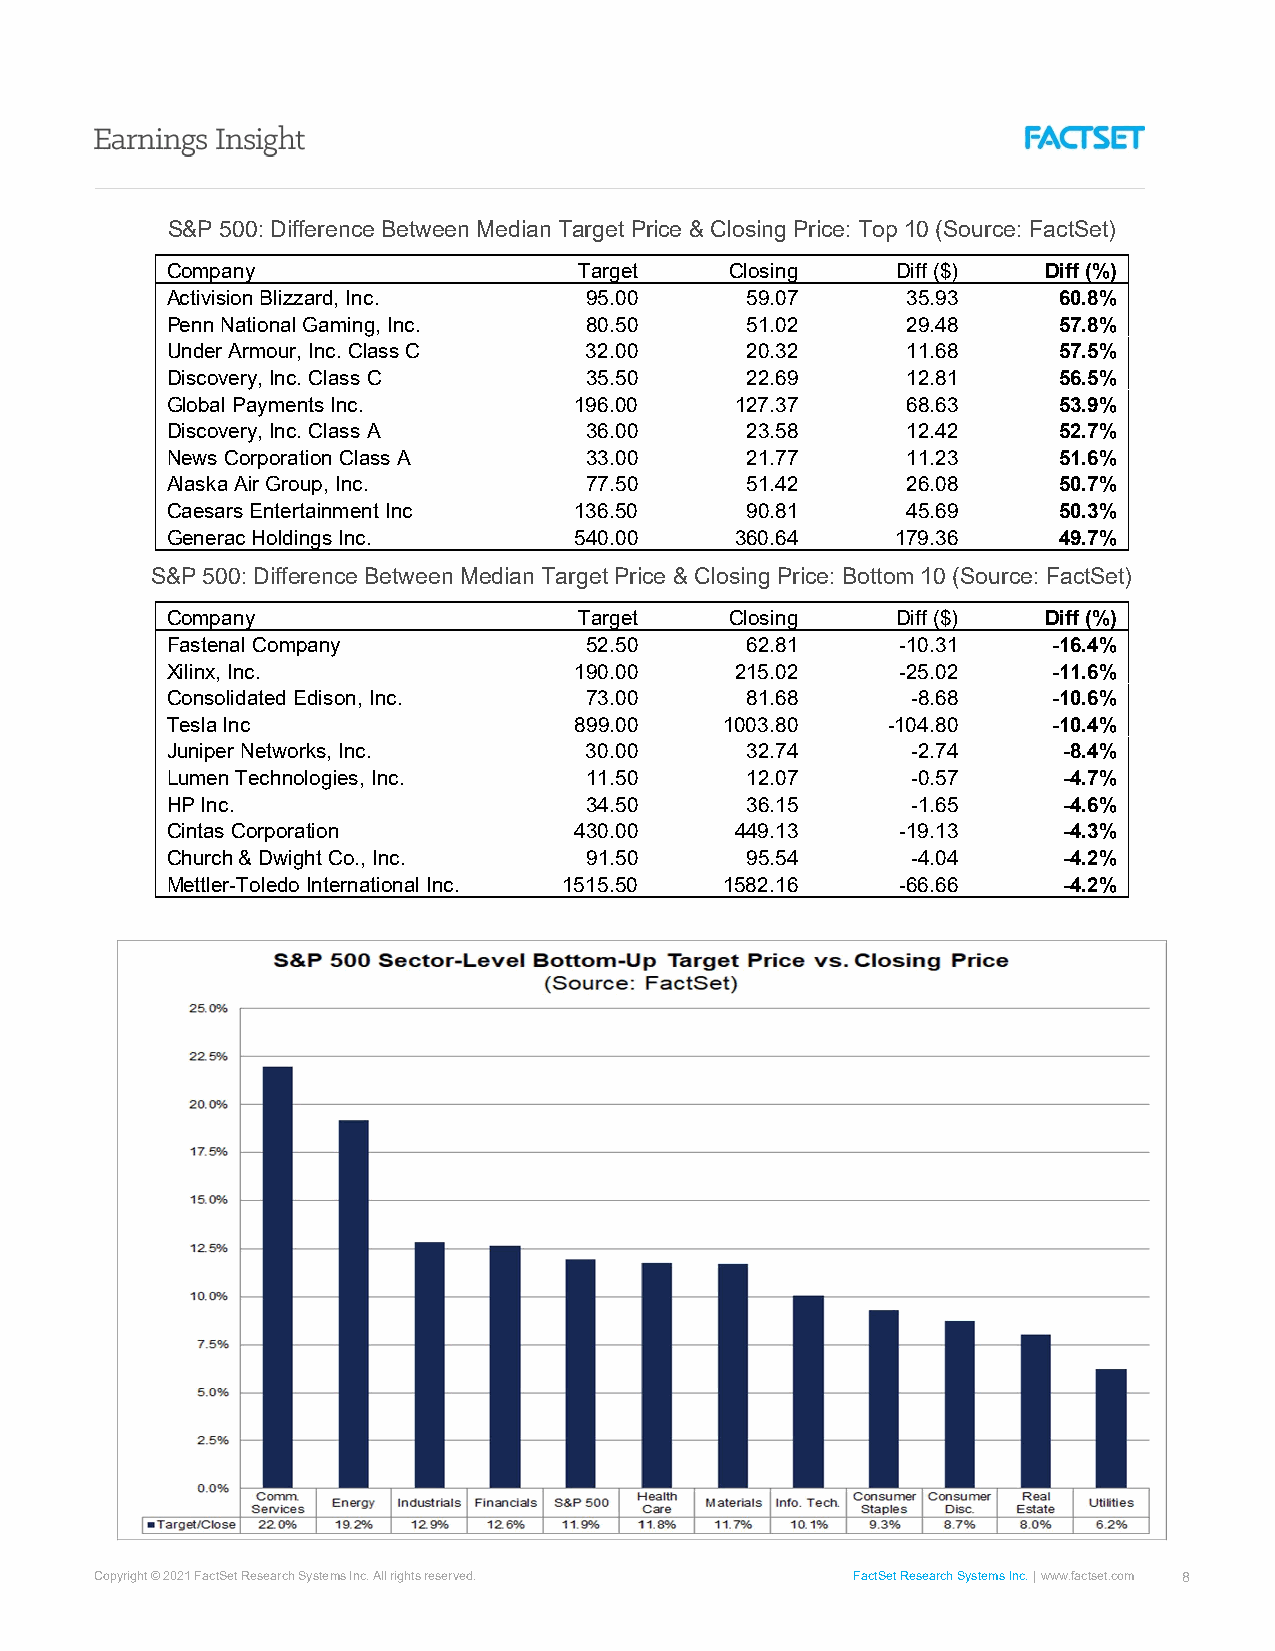
S&P 500: Difference Between Median Target Price & Closing Price: Top 10 (Source: FactSet)
 Company                    Target    Closing    Diff ($)  Diff (%)
 Activision Blizzard, Inc.   95.00     59.07      35.93     60.8%
 Penn National Gaming, Inc.  80.50     51.02      29.48     57.8%
 Under Armour, Inc. Class C  32.00     20.32      11.68     57.5%
 Discovery, Inc. Class C     35.50     22.69      12.81     56.5%
 Global Payments Inc.       196.00     127.37     68.63     53.9%
 Discovery, Inc. Class A     36.00     23.58      12.42     52.7%
 News Corporation Class A    33.00     21.77      11.23     51.6%
 Alaska Air Group, Inc.      77.50     51.42      26.08     50.7%
 Caesars Entertainment Inc  136.50     90.81      45.69     50.3%
 Generac Holdings Inc.      540.00     360.64    179.36     49.7%
 S&P 500: Difference Between Median Target Price & Closing Price: Bottom 10 (Source: FactSet)
 Company                    Target    Closing    Diff ($)  Diff (%)
 Fastenal Company            52.50     62.81      -10.31    -16.4%
 Xilinx, Inc.               190.00     215.02     -25.02    -11.6%
 Consolidated Edison, Inc.   73.00     81.68      -8.68     -10.6%
 Tesla Inc                  899.00    1003.80    -104.80    -10.4%
 Juniper Networks, Inc.      30.00     32.74      -2.74     -8.4%
 Lumen Technologies, Inc.    11.50     12.07      -0.57     -4.7%
 HP Inc.                     34.50     36.15      -1.65     -4.6%
 Cintas Corporation         430.00     449.13     -19.13    -4.3%
 Church & Dwight Co., Inc.   91.50     95.54      -4.04     -4.2%
 Mettler-Toledo International Inc. 1515.50 1582.16 -66.66   -4.2%
 Copyright © 2021 FactSet Research Systems Inc. All rights reserved. FactSet Research Systems Inc. www.factset.com 8